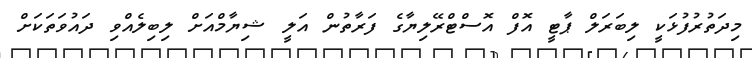
މިދަތުރުފުޅަކީ ލިބަރަލް ޕާޓީ އޮފް އޮސްޓްރޭލިޔާގެ ފަރާތުން އަލީ ޝިޔާމްއަށް ލިބިލެއްވި ދައުވަތަކަށް